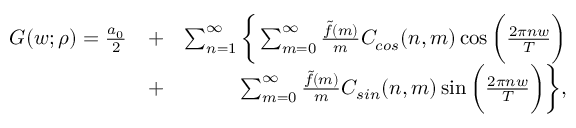
\begin{array} { r l r } { G ( w ; \rho ) = \frac { a _ { 0 } } { 2 } } & { + } & { \sum _ { n = 1 } ^ { \infty } \bigg \{ \sum _ { m = 0 } ^ { \infty } \frac { \tilde { f } ( m ) } { m } C _ { c o s } ( n , m ) \cos { \bigg ( \frac { 2 \pi n w } { T } \bigg ) } } \\ & { + } & { \sum _ { m = 0 } ^ { \infty } \frac { \tilde { f } ( m ) } { m } C _ { s i n } ( n , m ) \sin { \bigg ( \frac { 2 \pi n w } { T } \bigg ) } \bigg \} , } \end{array}